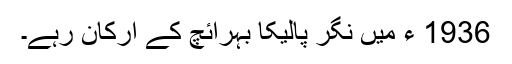
1936 ء میں نگر پالیکا بہرائچ کے ارکان رہے۔